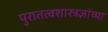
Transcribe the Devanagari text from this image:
पुरातत्वशास्त्रज्ञांच्या